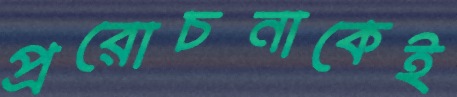
প্ররোচনাকেই